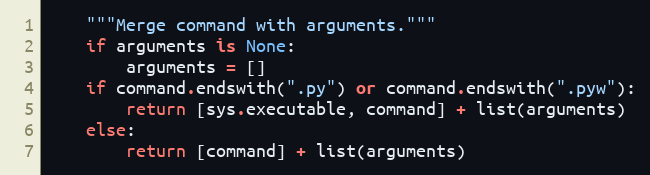
Language: Python
    """Merge command with arguments."""
    if arguments is None:
        arguments = []
    if command.endswith(".py") or command.endswith(".pyw"):
        return [sys.executable, command] + list(arguments)
    else:
        return [command] + list(arguments)